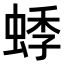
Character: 𬠓